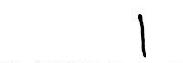
1